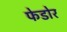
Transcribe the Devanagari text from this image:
फेडोर